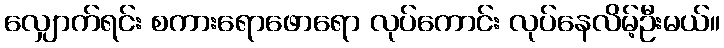
လျှောက်ရင်း စကားရောဖောရော လုပ်ကောင်း လုပ်နေလိမ့်ဦးမယ်။